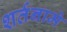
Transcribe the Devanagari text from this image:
शर्तनामे